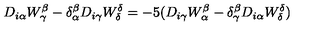
D _ { i \alpha } W _ { \gamma } ^ { \beta } - \delta _ { \alpha } ^ { \beta } D _ { i \gamma } W _ { \delta } ^ { \delta } = - 5 ( D _ { i \gamma } W _ { \alpha } ^ { \beta } - \delta _ { \gamma } ^ { \beta } D _ { i \alpha } W _ { \delta } ^ { \delta } )